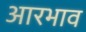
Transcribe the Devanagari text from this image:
आरभाव